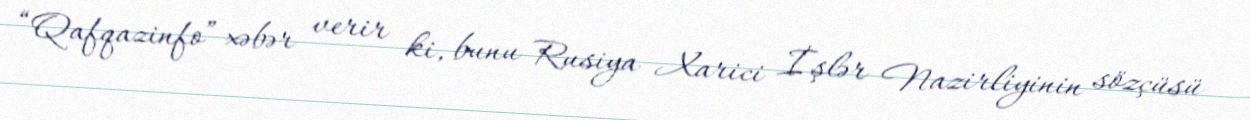
“Qafqazinfo” xəbər verir ki, bunu Rusiya Xarici İşlər Nazirliyinin sözçüsü